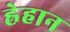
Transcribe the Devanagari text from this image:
ह्रेहान